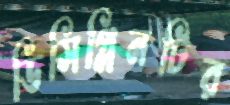
ডিসিপ্লিনটির